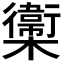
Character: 𣟉